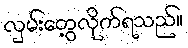
လှမ်းတွေ့လိုက်ရသည်။